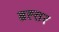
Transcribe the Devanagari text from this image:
ब्रह्तर